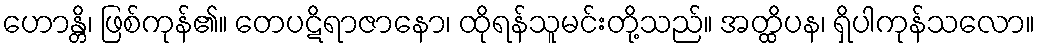
ဟောန္တိ၊ ဖြစ်ကုန်၏။ တေပဋိရာဇာနော၊ ထိုရန်သူမင်းတို့သည်။ အတ္ထိပန၊ ရှိပါကုန်သလော။